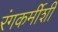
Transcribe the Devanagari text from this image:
रंगकर्मीशी